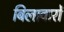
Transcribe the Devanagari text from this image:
बिलावारों